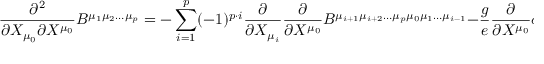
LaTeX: \frac { \partial ^ { 2 } } { \partial X _ { \mu _ { 0 } } \partial X ^ { \mu _ { 0 } } } B ^ { \mu _ { 1 } \mu _ { 2 } \ldots \mu _ { p } } = - \sum _ { i = 1 } ^ { p } ( - 1 ) ^ { p \cdot i } \frac { \partial } { \partial X _ { \mu _ { i } } } \frac { \partial } { \partial X ^ { \mu _ { 0 } } } B ^ { \mu _ { i + 1 } \mu _ { i + 2 } \ldots \mu _ { p } \mu _ { 0 } \mu _ { 1 } \ldots \mu _ { i - 1 } } - \frac { g } { e } \frac { \partial } { \partial X ^ { \mu _ { 0 } } } \phi ^ { \mu _ { 0 } \mu _ { 1 } \ldots \mu _ { p } } ,